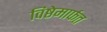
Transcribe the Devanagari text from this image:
विष्ठेमार्फत